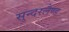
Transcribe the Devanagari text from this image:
सुन्दरलैण्ड